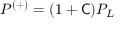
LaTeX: P ^ { ( + ) } = ( 1 + { \mathsf { C } } ) P _ { L }